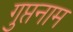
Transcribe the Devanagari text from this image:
गुप्तनाम